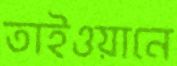
তাইওয়ানে